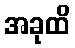
အခုထိ